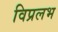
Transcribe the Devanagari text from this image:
विप्रलभ